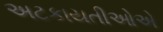
અટકાયતીઓએ